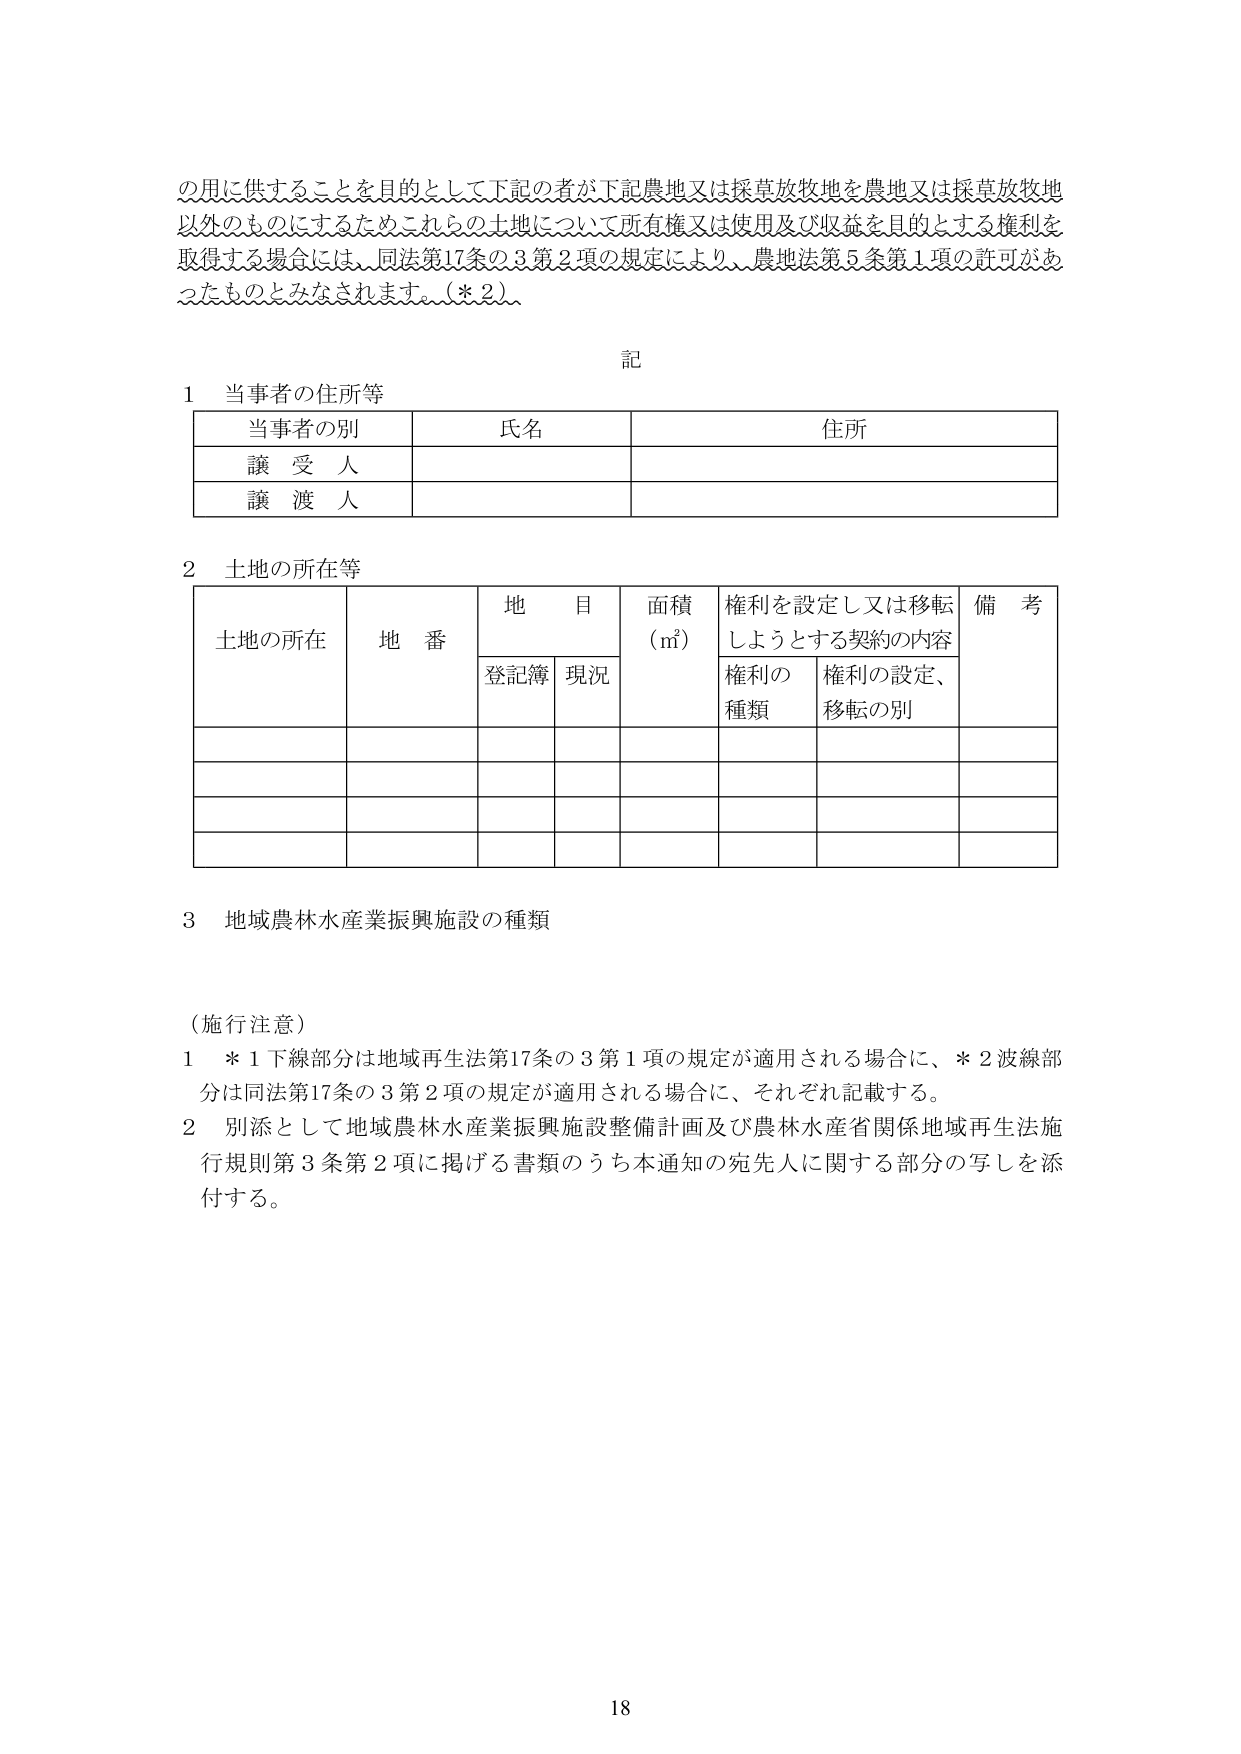
の用に供することを目的として下記の者が下記農地又は採草放牧地を農地又は採草放牧地以外のものにするためこれら の土地について所有権又は使用及び収益を目的とする権利を取得する場合には、同法第17条の3第2項の規定により、農地法第5条第1項の許可があったものとみなされます。（＊2）

記

1 当事者の住所等

当事者の別　　氏名　　住所
譲受人
譲渡人

2 土地の所在等

土地の所在　　地番　　地目　　面積（㎡）　　権利を設定し又は移転しようとする契約の内容　　備考
　　　　　　　　　登記簿　現況　　　　　　　　権利の種類　　権利の設定、移転の別

3 地域農林水産業振興施設の種類

（施行注意）
1 ＊1下線部分は地域再生法第17条の3第1項の規定が適用される場合に、＊2波線部分は同法第17条の3第2項の規定が適用される場合に、それぞれ記載する。
2 別添として地域農林水産業振興施設整備計画及び農林水産省関係地域再生法施行規則第3条第2項に掲げる書類のうち本通知の宛先人に関する部分の写しを添付する。

18